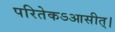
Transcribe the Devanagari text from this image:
परितेकऽआसीत्।